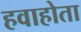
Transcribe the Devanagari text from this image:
हवाहोता